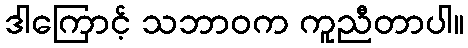
ဒါကြောင့် သဘာဝက ကူညီတာပါ။